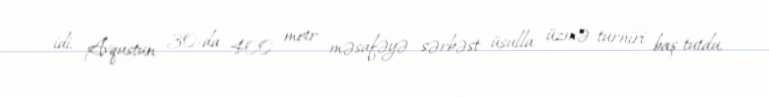
idi. Avqustun 30-da 400 metr məsafəyə sərbəst üsulla üzmə turniri baş tutdu.